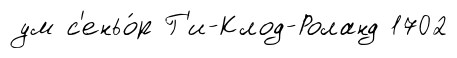
ум с'еньо́р Г'и-Клод-Роланд 1702